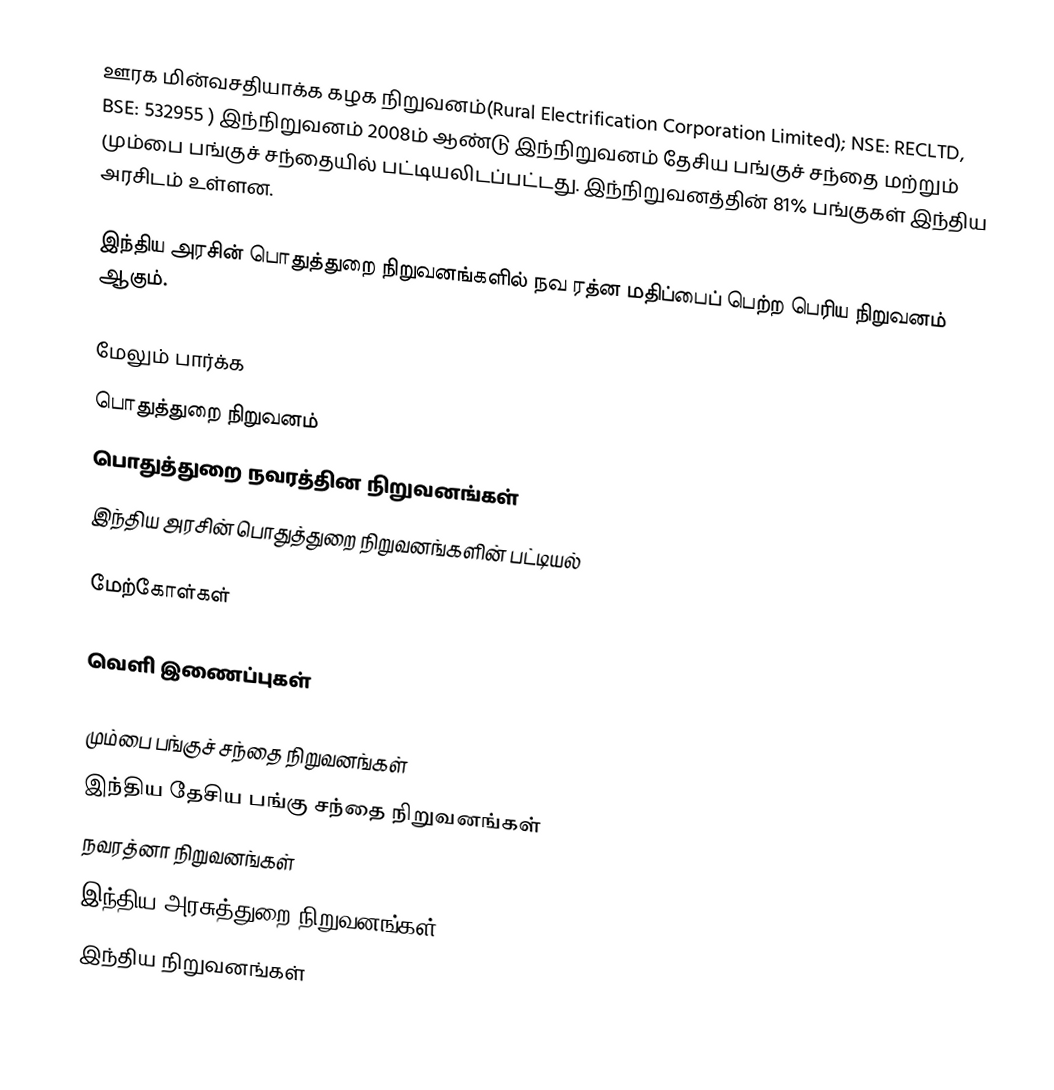
ஊரக மின்வசதியாக்க கழக நிறுவனம்(Rural Electrification Corporation Limited); NSE: RECLTD, BSE: 532955 ) இந்நிறுவனம் 2008ம் ஆண்டு இந்நிறுவனம் தேசிய பங்குச் சந்தை மற்றும் மும்பை பங்குச் சந்தையில் பட்டியலிடப்பட்டது. இந்நிறுவனத்தின் 81% பங்குகள்  இந்திய அரசிடம் உள்ளன.

இந்திய அரசின் பொதுத்துறை நிறுவனங்களில் நவ ரத்ன மதிப்பைப் பெற்ற  பெரிய நிறுவனம் ஆகும்.

மேலும் பார்க்க
 பொதுத்துறை நிறுவனம்
 பொதுத்துறை நவரத்தின நிறுவனங்கள்
  இந்திய  அரசின் பொதுத்துறை நிறுவனங்களின் பட்டியல்

மேற்கோள்கள்

வெளி இணைப்புகள்

மும்பை பங்குச் சந்தை நிறுவனங்கள்
இந்திய தேசிய பங்கு சந்தை நிறுவனங்கள்
 நவரத்னா நிறுவனங்கள்
 இந்திய அரசுத்துறை நிறுவனங்கள்
இந்திய நிறுவனங்கள்